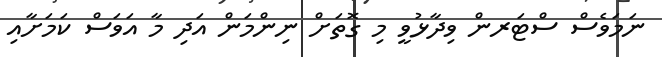
ނަމަވެސް ސްޓަރން ވިދާޅުވީ މި ގޮތަށް ނިންމަން އަދި މާ އަވަސް ކަމަށާއި